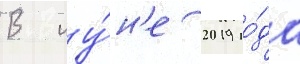
В иу́н'е 2019 го́да